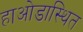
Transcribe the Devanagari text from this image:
हाओडास्थित